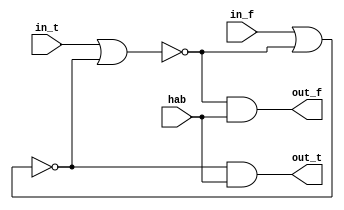
module reg_assync (input hab,
								 in_t,
								 in_f,
						 output out_t,
								  out_f);


wire w1,w2;

nor f(w1,in_t,w2);
nor t(w2,in_f,w1);	
and a(out_f,w1,hab);
and b(out_t,w2,hab);

endmodule